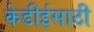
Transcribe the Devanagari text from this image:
केडीईसाठी